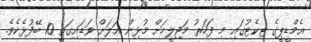
އެމްޑީޕީގެ ޓިކެޓުގައި މި ފަހަރު މަޖިލީހަށް މުޅިން އަލަށް ވަޑައިގަތީ 10 ބޭފުޅެކެވެ.